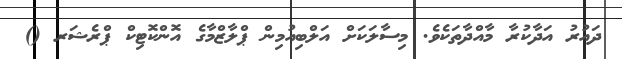
ދައުރު އަދާކުރާ މާއްދާތަކެވެ. މިސާލަކަށް އަލްބިއުމިން ޕްލާޒްމާގެ އޮންކޮޓިކް ޕްރެޝަރ ()